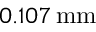
0 . 1 0 7 \, \mathrm { m m }